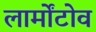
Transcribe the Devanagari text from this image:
लार्मोंटोव